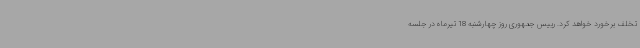
تخلف برخورد خواهد کرد. رییس جمهوری روز چهارشنبه 18 تیرماه در جلسه